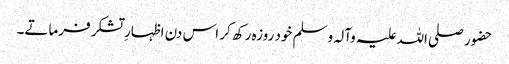
حضور صلی اللہ علیہ وآلہ وسلم خود روزہ رکھ کر اس دن اظہارِ تشکر فرماتے۔